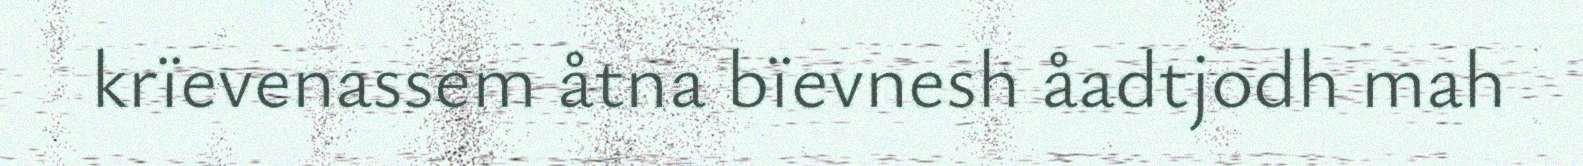
krïevenassem åtna bïevnesh åadtjodh mah